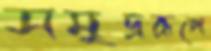
সমুদ্ররূপে